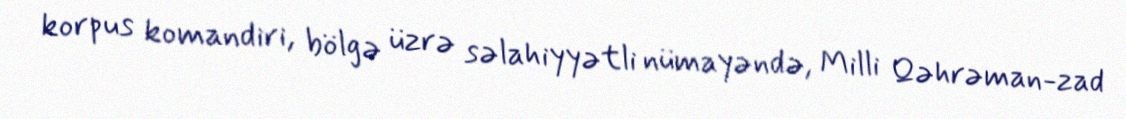
korpus komandiri, bölgə üzrə səlahiyyətli nümayəndə, Milli Qəhrəman-zad